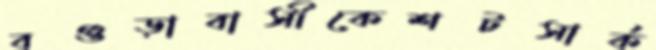
বগুড়াবাসীকেশটসার্ক